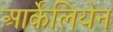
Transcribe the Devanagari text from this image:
आर्केलियेन